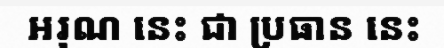
អរុណ នេះ ជា ប្រធាន នេះ